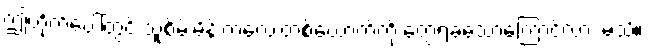
ဤတိုက်ပေါ်တွင် သူစိမ်းမိန်းကလေးတစ်ယောက်ကို တွေ့ရခဲသောကြောင့်လား မသိ။